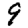
Digit: 9